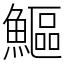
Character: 鰸